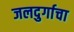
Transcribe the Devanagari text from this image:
जलदुर्गाचा